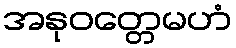
အနုဝတ္တေမဟံ